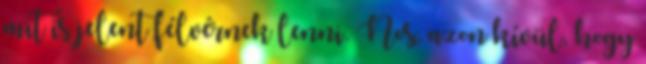
mit is jelent félvérnek lenni. Nos, azon kívül, hogy